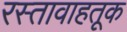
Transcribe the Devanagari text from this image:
रस्तावाहतूक